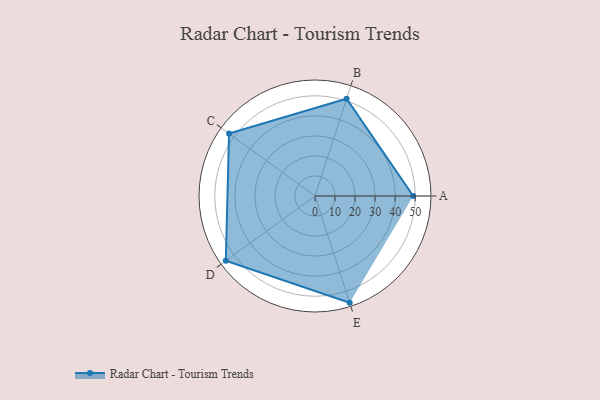
{"axis": {"x": "Skill", "y": "Score"}, "legend": ["Profile"], "data": [{"x": "A", "y": 49.0, "type": "Profile"}, {"x": "B", "y": 51.0, "type": "Profile"}, {"x": "C", "y": 53.0, "type": "Profile"}, {"x": "D", "y": 55.0, "type": "Profile"}, {"x": "E", "y": 56.0, "type": "Profile"}]}